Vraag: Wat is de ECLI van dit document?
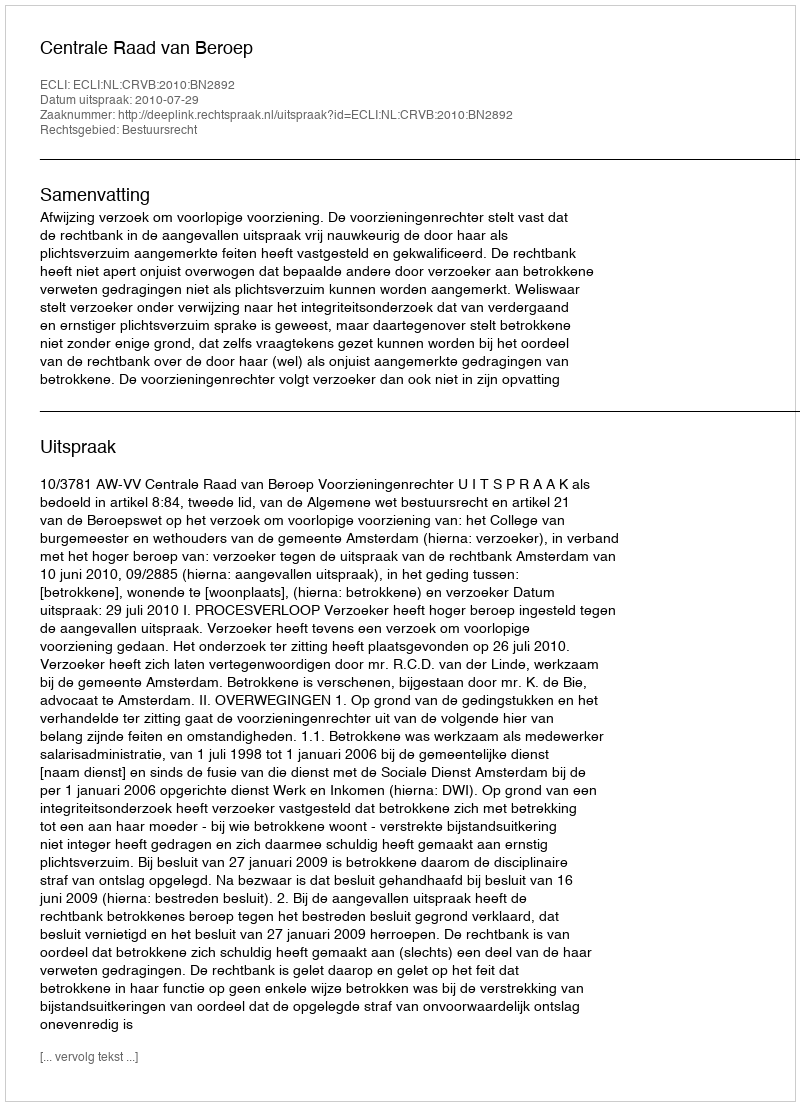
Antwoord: ECLI:NL:CRVB:2010:BN2892